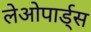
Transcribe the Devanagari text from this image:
लेओपार्ड्स